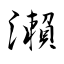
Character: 瀨